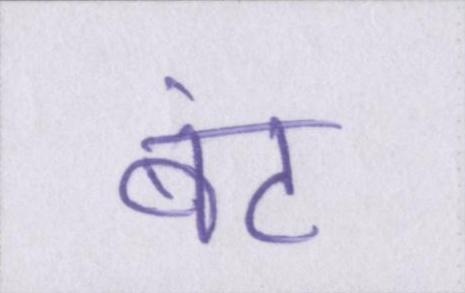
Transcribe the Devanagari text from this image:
बंट